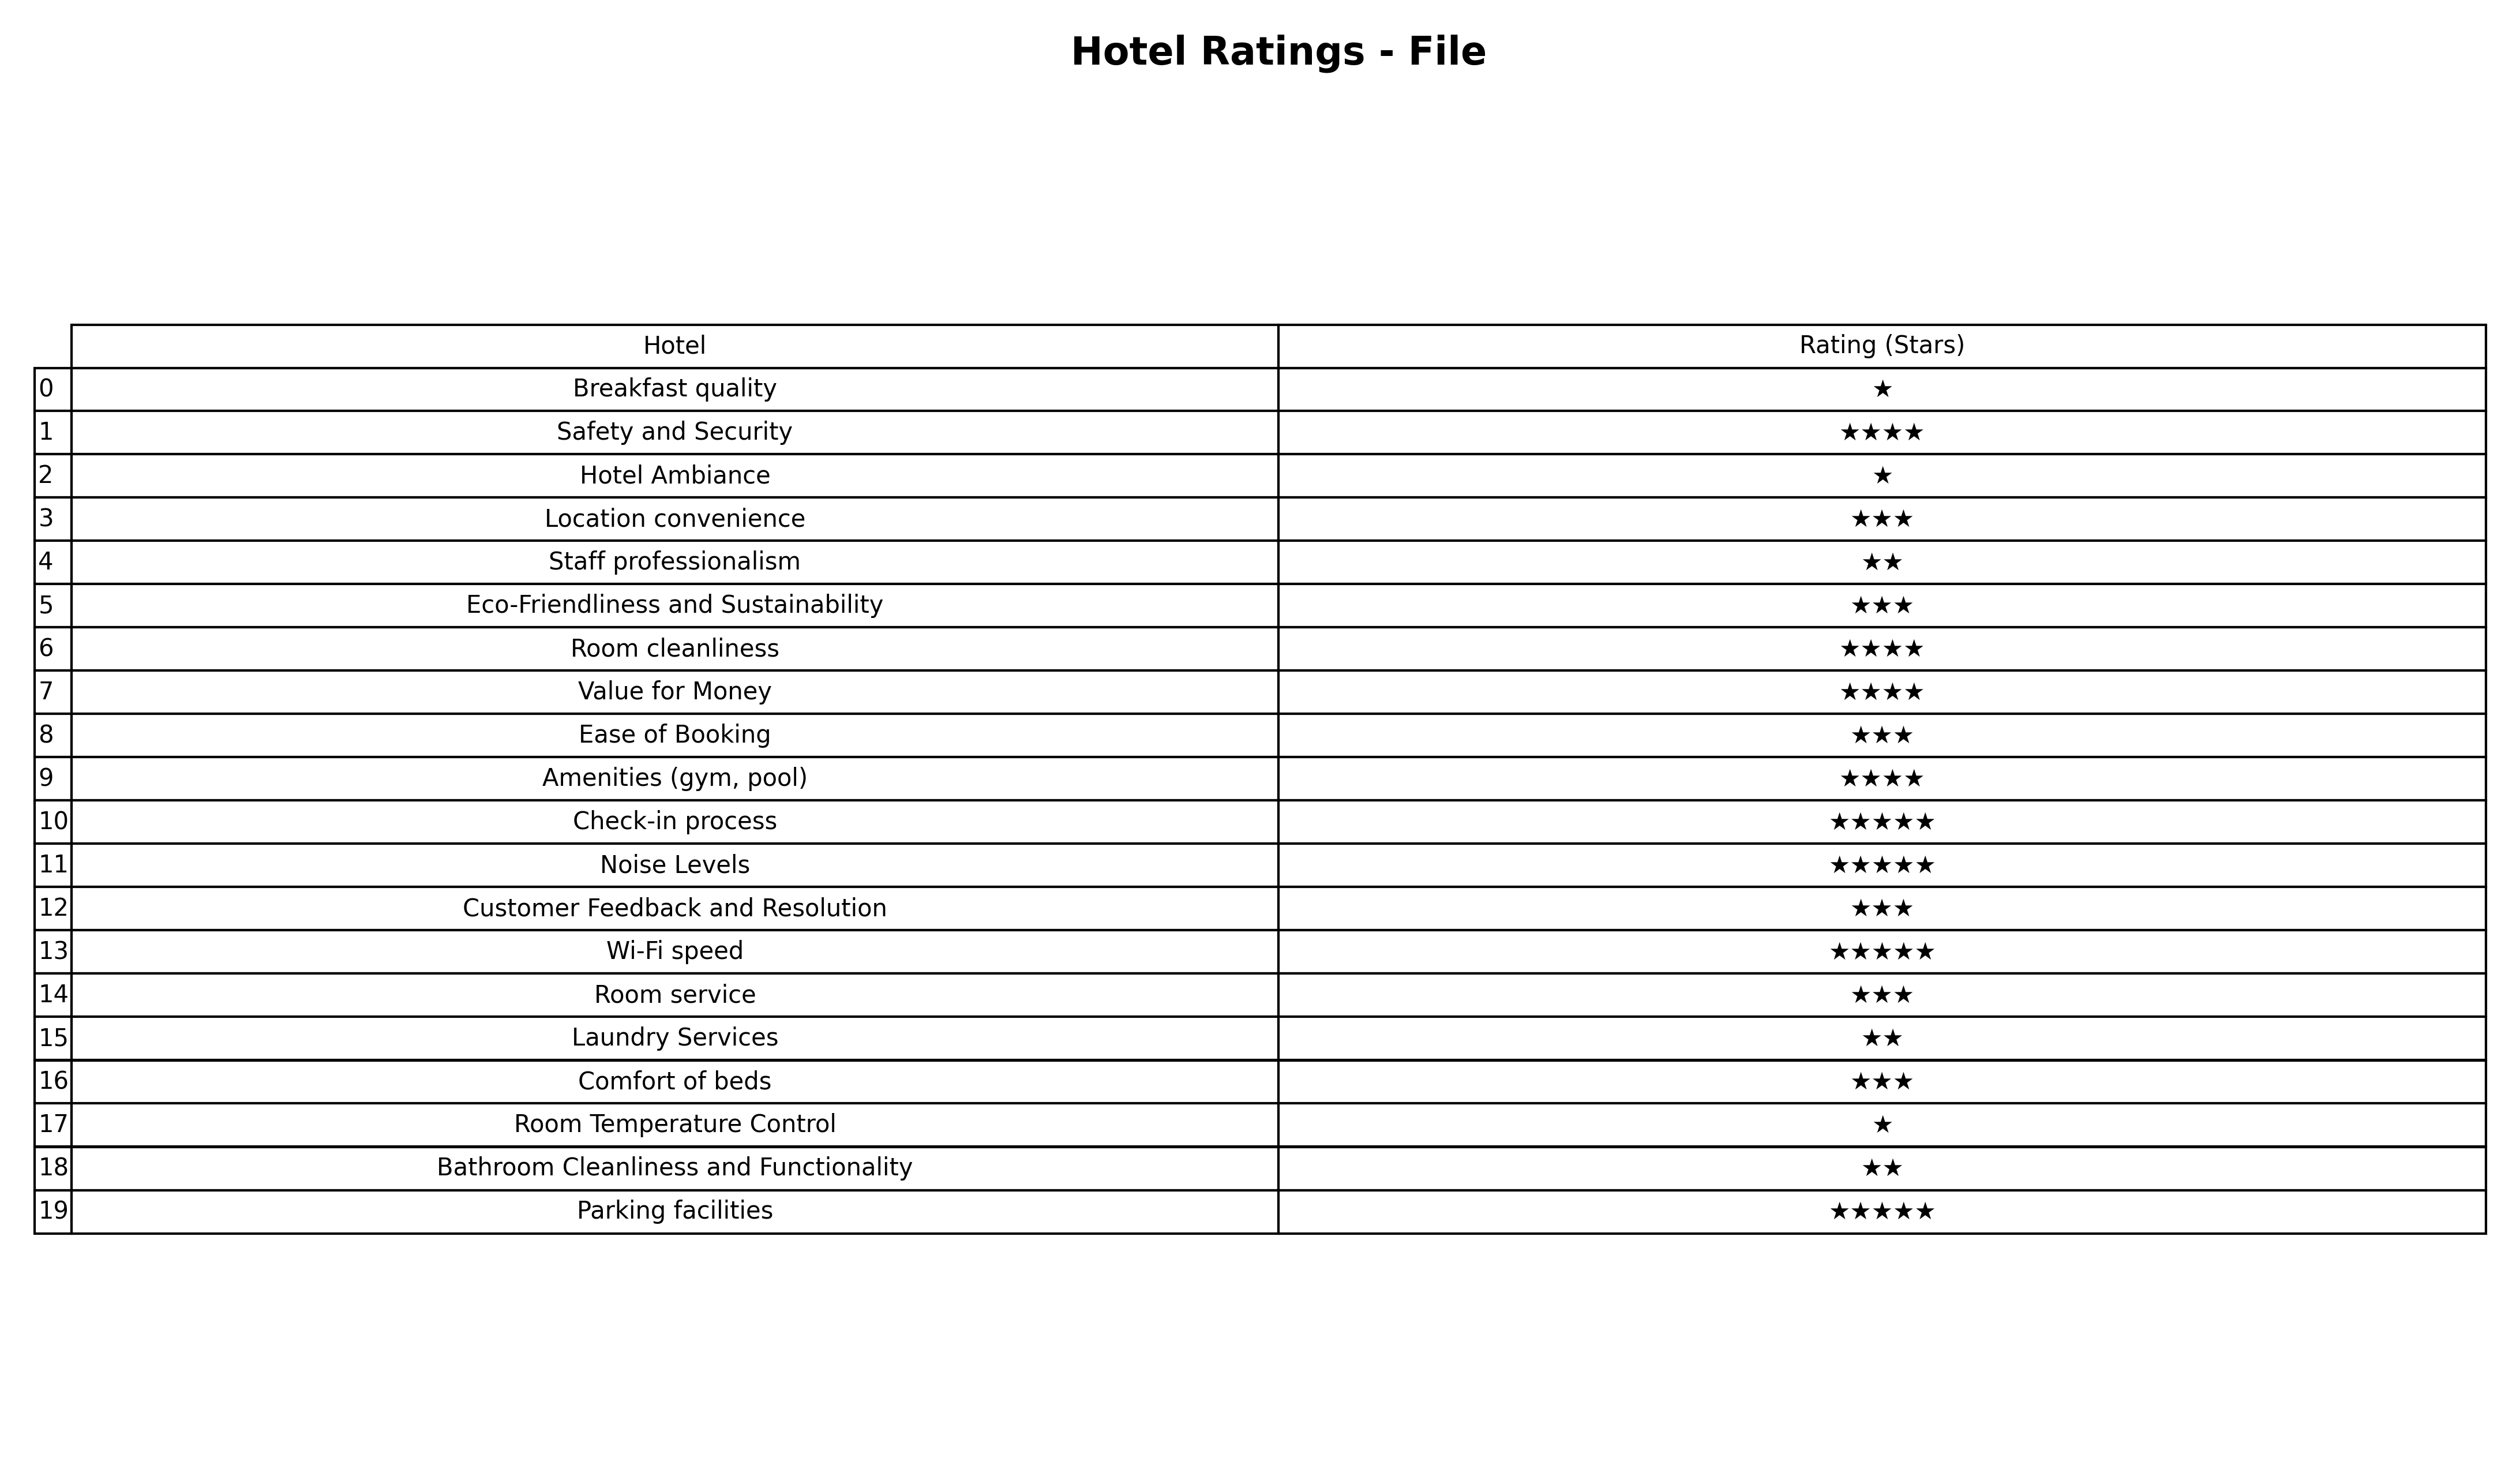
question: Which services are rated average?
answer: Location convenienceEco-Friendliness and SustainabilityEase of BookingCustomer Feedback and ResolutionRoom serviceComfort of beds